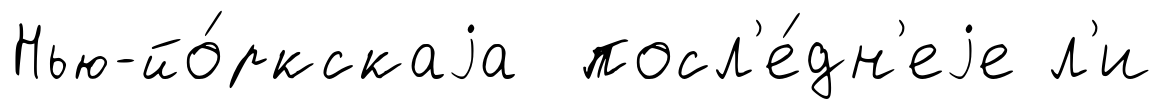
Нью-йо́ркскаjа посл'е́дн'еjе л'и